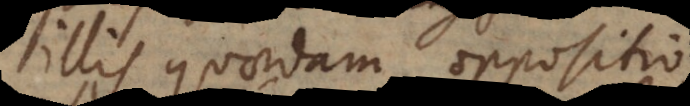
illis quaedam oppositio.